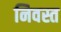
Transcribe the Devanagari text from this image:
निवस्त